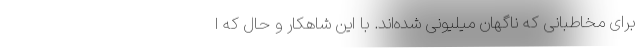
برای مخاطبانی که ناگهان میلیونی شده‌اند. با این شاهکار و حال که ا